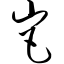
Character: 岜